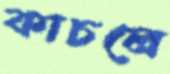
কাচলে